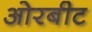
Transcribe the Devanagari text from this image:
ओरबीट